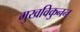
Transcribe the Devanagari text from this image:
मुखविकुनन